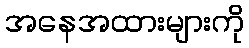
အနေအထားများကို